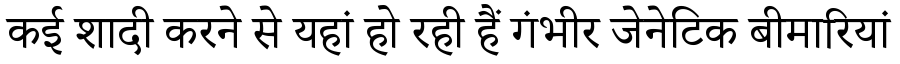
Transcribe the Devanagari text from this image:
कई शादी करने से यहां हो रही हैं गंभीर जेनेटिक बीमारियां